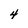
Character: 4